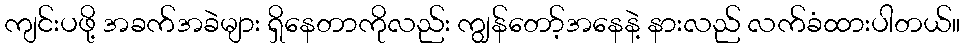
ကျင်းပဖို့ အခက်အခဲများ ရှိနေတာကိုလည်း ကျွန်တော့်အနေနဲ့ နားလည် လက်ခံထားပါတယ်။